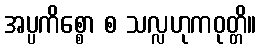
အပ္ပကိစ္စော စ သလ္လဟုကဝုတ္တိ။